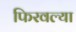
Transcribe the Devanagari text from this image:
फिरवल्या